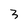
Character: 3